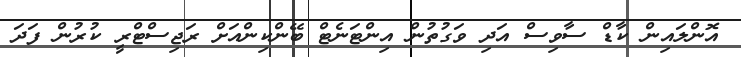
އޮންލައިން ކާޑް ސާވިސް އަދި ވަގުތުން އިންޓަނެޓް ބޭންކިންއަށް ރަޖިސްޓްރީ ކުރުން ފަދަ